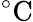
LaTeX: ^{\circ}\mathrm{C}